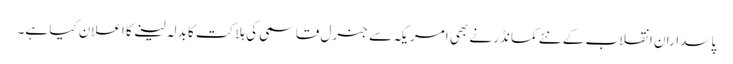
پاسدارانِ انقلاب کے نئے کمانڈر نے بھی امریکہ سے جنرل قاسمی کی ہلاکت کا بدلہ لینے کا اعلان کیا ہے۔